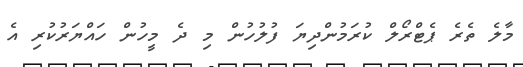
މާލެ ތެރެ ޕެޓްރޯލް ކުރަމުންދިޔަ ފުލުހުން މި ދެ މީހުން ހައްޔަރުކުރި އެ